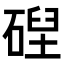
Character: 𥔄